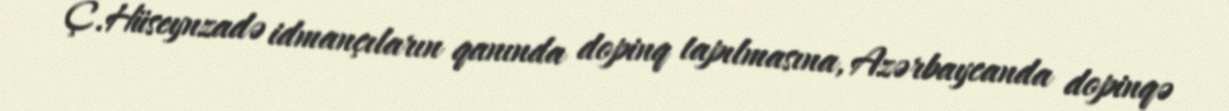
Ç.Hüseynzadə idmançıların qanında dopinq tapılmasına, Azərbaycanda dopinqə